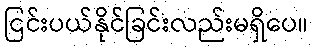
ငြင်းပယ်နိုင်ခြင်းလည်းမရှိပေ။